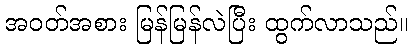
အဝတ်အစား မြန်မြန်လဲပြီး ထွက်လာသည်။